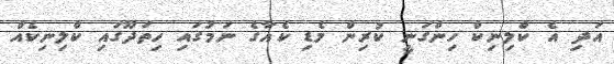
އަދި އެ ކްލިނިކް ހިންގަނީ ކުރިން މެޑި ކެއާގެ ނަމުގައި ހިތަދޫގައި ކްލިނިކެއް